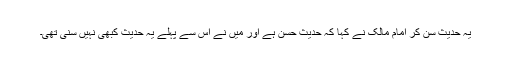
یہ حدیث سن کر امام مالکؒ نے کہا کہ حدیث حسن ہے اور میں نے اس سے پہلے یہ حدیث کبھی نہیں سنی تھی۔